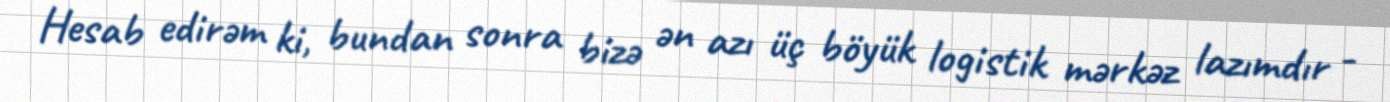
Hesab edirəm ki, bundan sonra bizə ən azı üç böyük logistik mərkəz lazımdır -